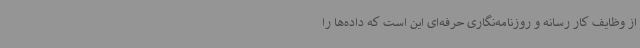
از وظایف کار رسانه و روزنامه‌نگاری حرفه‌ای این است که داده‌ها را